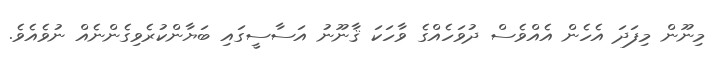
މިނޫން މިފަދަ އެހެން އެއްވެސް ދުވަހެއްގެ ވާހަކަ ޤާނޫނު އަސާސީގައި ބަޔާންކުރެވިގެންނެއް ނުވެއެވެ.